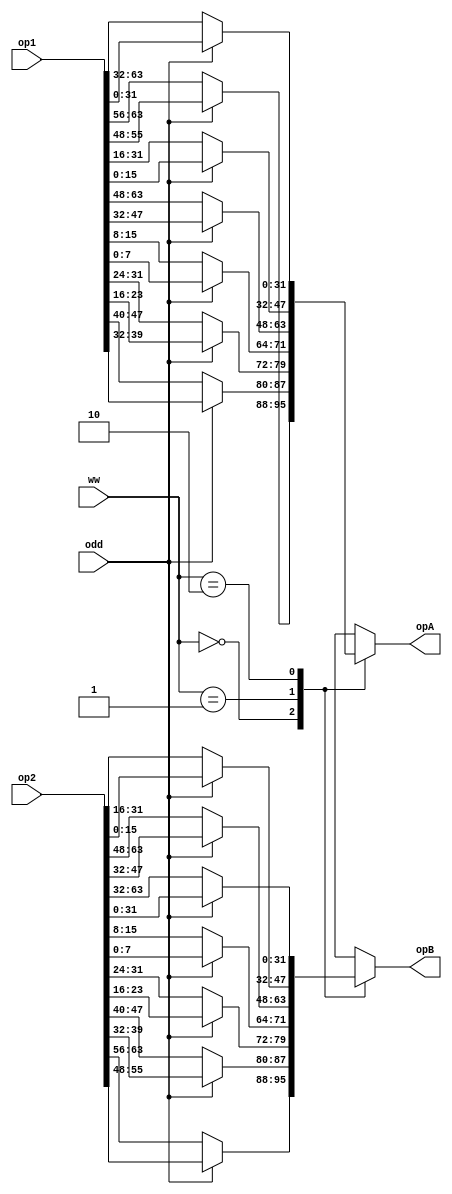
module oe_selector(
	input [0:63] op1,
	input [0:63] op2,
	input odd,
	input [1:0] ww,
	output reg [0:31] opA,
	output reg [0:31] opB
	);

	always @(*) begin
		case(ww)
			2'b00: begin
				if (odd) begin
					opA[0:7] = op1[8:15];
					opB[0:7] = op2[8:15];
					opA[8:15] = op1[24:31];
					opB[8:15] = op2[24:31];
					opA[16:23] = op1[40:47];
					opB[16:23] = op2[40:47];
					opA[24:31] = op1[56:63];
					opB[24:31] = op2[56:63];
				end else begin
					opA[0:7] = op1[0:7];
					opB[0:7] = op2[0:7];
					opA[8:15] = op1[16:23];
					opB[8:15] = op2[16:23];
					opA[16:23] = op1[32:39];
					opB[16:23] = op2[32:39];
					opA[24:31] = op1[48:55];
					opB[24:31] = op2[48:55];
				end
				end
			2'b01: begin
				if(odd) begin
					opA[0:15] = op1[16:31];
					opB[0:15] = op2[16:31];
					opA[16:31] = op1[48:63];
					opB[16:31] = op2[48:63];
				end else begin
					opA[0:15] = op1[0:15];
					opB[0:15] = op2[0:15];
					opA[16:31] = op1[32:47];
					opB[16:31] = op2[32:47];
				end
				end
			2'b10: begin
				if (odd) begin
					opA = op1[32:63];
					opB = op2[32:63];
				end else begin
					opA = op1[0:31];
					opB = op2[0:31];
				end
				end
			2'b11: begin
				opA = 'bX;
				opB = 'bX;
			end
		endcase
	end
endmodule